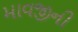
માવજીની